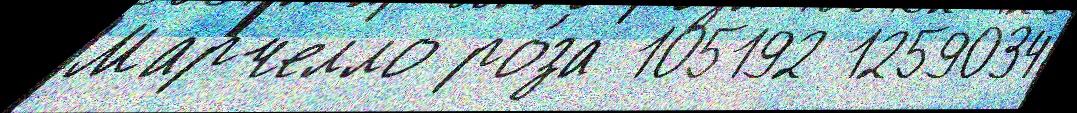
Марчелло ро́за 105192 1259034